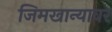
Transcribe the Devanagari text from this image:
जिमखान्यावर